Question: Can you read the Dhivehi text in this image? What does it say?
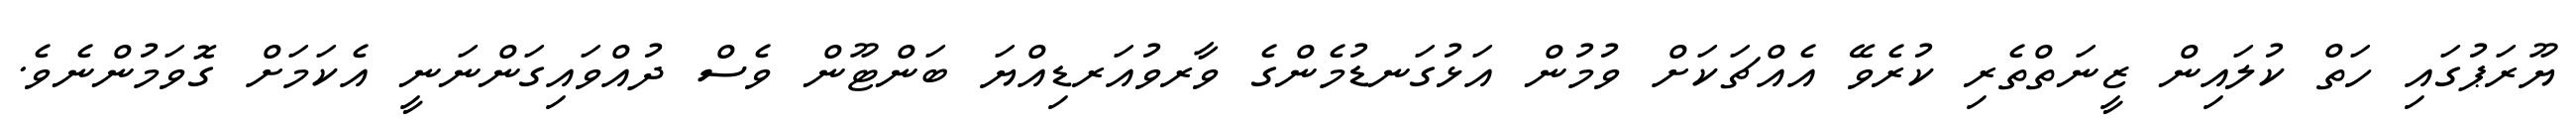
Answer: ޔޫރަޕުގައި ހަތް ކުލައިން ޒީނަތްތެރި ކުރެވޭ އެއްޗަކަށް ވުމުން އަޅުގަނޑުމެންގެ ވާރވުއަރޑިއްޔަ ބަންޓޫން ވެސް ދުއްވައިގަންނަނީ އެކަމަށް ގޮވަމުންނެވެ.